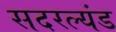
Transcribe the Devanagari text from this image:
सदरल्यंड